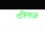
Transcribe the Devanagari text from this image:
दहियाजी